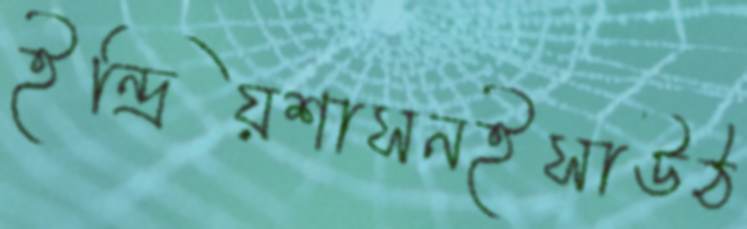
ইন্দ্রিয়শাসনইসাউঠ